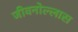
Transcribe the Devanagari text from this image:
जीवनोल्लास